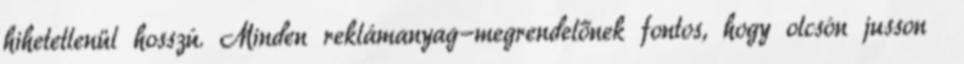
hihetetlenül hosszú. Minden reklámanyag-megrendelőnek fontos, hogy olcsón jusson